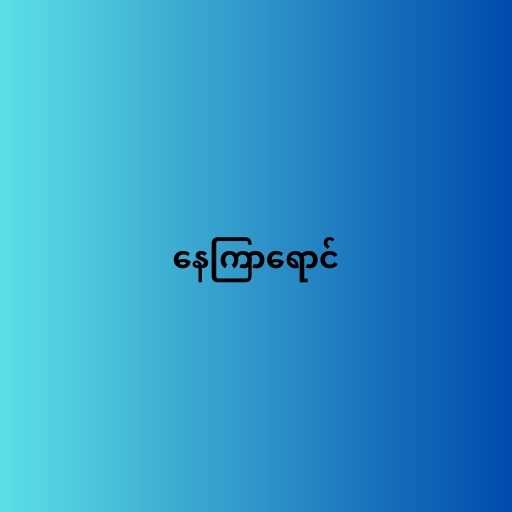
နေကြာရောင်